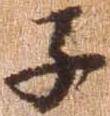
子